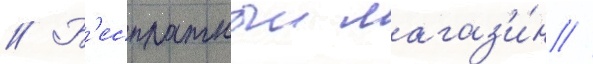
// Б'есплатныи магаз'и́н //